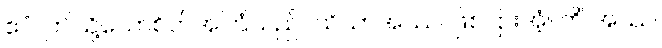
ဧဝံ၊ ဤသို့သောစိတ်အကြံသည်။ သိယာအဿ၊ ဖြစ်ငြားအံ့။ ကိံ အဿ၊